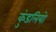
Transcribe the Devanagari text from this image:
कुंडलियो